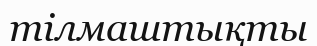
тілмаштықты